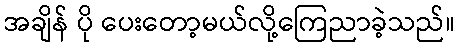
အချိန် ပို ပေးတော့မယ်လို့ကြေညာခဲ့သည်။